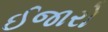
ઈજારો